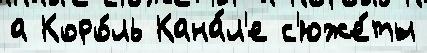
а Коро́ль Кана́л'е с'юже́ты